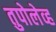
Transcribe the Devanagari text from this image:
तुपोलेव्ह